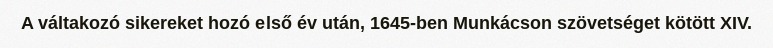
A váltakozó sikereket hozó első év után, 1645-ben Munkácson szövetséget kötött XIV.